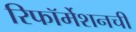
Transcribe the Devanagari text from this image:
रिफॉर्मेशनची